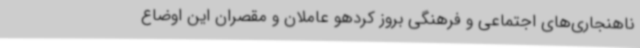
ناهنجاری‌های اجتماعی و فرهنگی بروز کردهو عاملان و مقصران این اوضاع